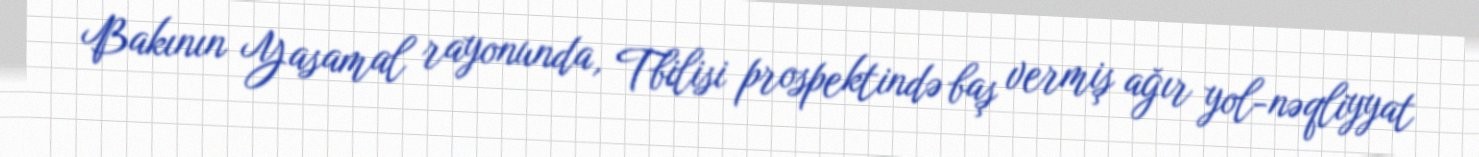
Bakının Yasamal rayonunda, Tbilisi prospektində baş vermiş ağır yol-nəqliyyat